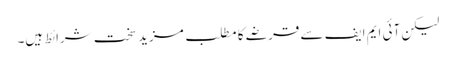
لیکن آئی ایم ایف سے قرضے کا مطلب مزید سخت شرائط ہیں۔